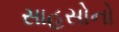
સાહસોનો